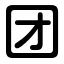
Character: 团